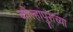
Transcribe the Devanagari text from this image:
कोल्हापुराच्या